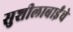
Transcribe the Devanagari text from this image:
सुशीलाबाईंचे